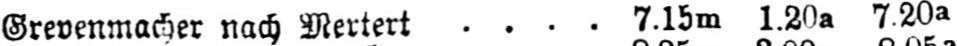
Grevenmacher nach Mertert .... 7.15m 1.20a 7.20a